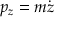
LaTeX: p _ { z } = m { \dot { z } }